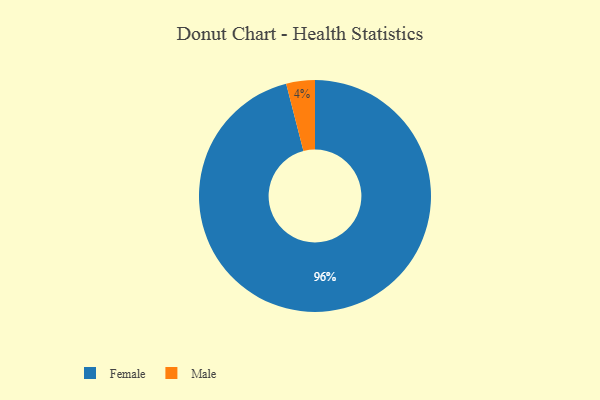
{"axis": {"x": "Category", "y": "Percentage"}, "legend": ["Female", "Male"], "data": [{"x": "Female", "y": 96, "type": "Female"}, {"x": "Male", "y": 4, "type": "Male"}]}